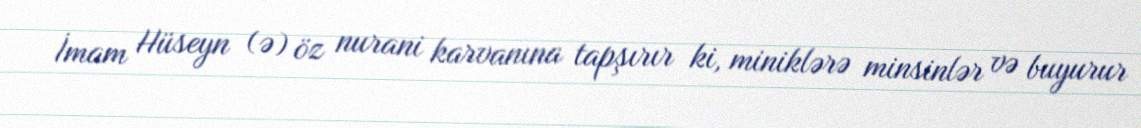
İmam Hüseyn (ə) öz nurani karvanına tapşırır ki, miniklərə minsinlər və buyurur